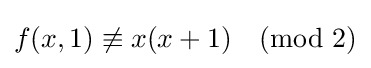
f(x,1)\not \equiv x(x+1){\pmod {2}}